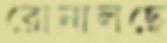
রোনালছে